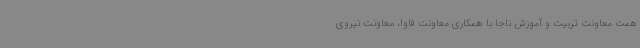
همت معاونت تربیت و آموزش ناجا با همکاری معاونت فاوا، معاونت نیروی